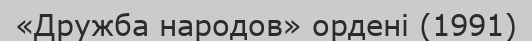
«Дружба народов» ордені (1991)